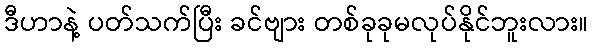
ဒီဟာနဲ့ ပတ်သက်ပြီး ခင်ဗျား တစ်ခုခုမလုပ်နိုင်ဘူးလား။